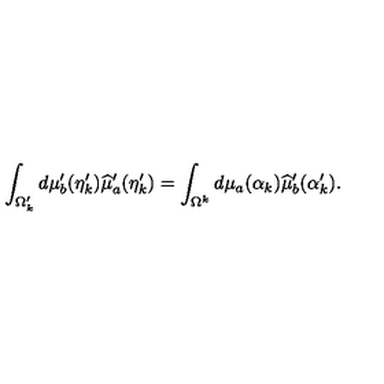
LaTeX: \int _ { \Omega _ { k } ^ { \prime } } d \mu _ { b } ^ { \prime } ( \eta _ { k } ^ { \prime } ) \widehat { \mu } _ { a } ^ { \prime } ( \eta _ { k } ^ { \prime } ) = \int _ { \Omega ^ { k } } d \mu _ { a } ( \alpha _ { k } ) \widehat { \mu } _ { b } ^ { \prime } ( \alpha _ { k } ^ { \prime } ) .